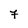
Character: 7